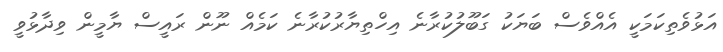
އަޅުވެތިކަމަކީ އެއްވެސް ބަޔަކު ގަބޫލުކުރާނެ އިހްތިޔާރުކުރާނެ ކަމެއް ނޫން ރައީސް ޔާމީން ވިދާޅުވީ